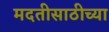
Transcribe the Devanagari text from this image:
मदतीसाठीच्या